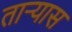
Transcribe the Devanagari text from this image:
ताऱ्यास